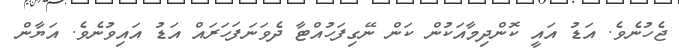
ޖެހުނެވެ. އަޑު އައީ ކޮންދިމާއަކުން ކަން ނޭގިފަހުއްޓާ ދެވަނަފަހަރައް އަޑު އައިވުނެވެ. އަޔާން